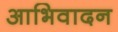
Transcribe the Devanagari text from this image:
आभिवादन